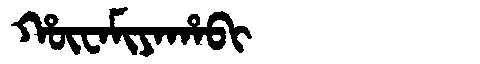
Manchu: ᡥᡡᠸᠠᠮᡳᠶᠠᡥᠠᠪᡳ
Romanization: HŪWAMIYAHABI